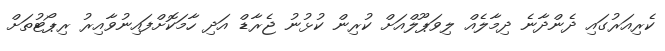
ކެރިއަރުގައި ދެންދާނެ ދިމާލެއް ލިވަޕޫލްއަށް ކުރިން ކުޅުނު ޖެރާޑް އަދި ހާމަކޮށްފައިނުވާއިރު ރިޕޯޓުތަށް